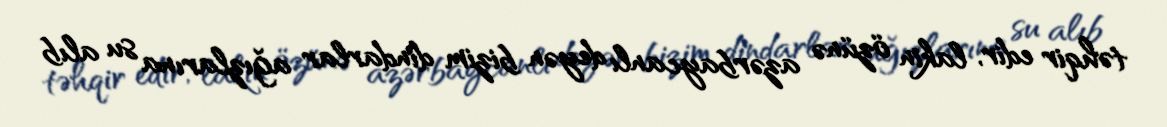
təhqir edir, lakin özünə azərbaycanlı deyən bizim dindarlar ağızlarına su alıb